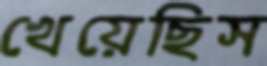
খেয়েছিস